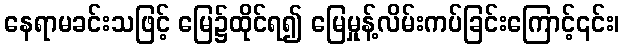
နေရာမခင်းသဖြင့် မြေ၌ထိုင်ရ၍ မြေမှုန့်လိမ်းကပ်ခြင်းကြောင့်၎င်း၊